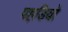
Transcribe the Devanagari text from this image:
पहडियो